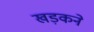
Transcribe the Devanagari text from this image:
खड़कने